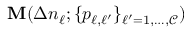
{ \bf M } ( \Delta n _ { \ell } ; { \{ p _ { \ell , \ell ^ { \prime } } \} _ { \ell ^ { \prime } = 1 , \dots , \mathcal { C } } } )